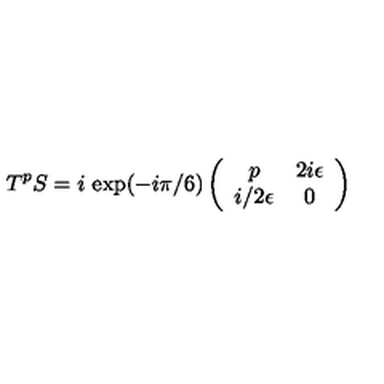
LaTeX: T ^ { p } S = i \ \mathrm { e x p } ( - i \pi / 6 ) \left( \begin{array} { c c } { p } & { 2 i \epsilon } \\ { i / 2 \epsilon } & { 0 } \\ \end{array} \right)